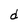
Character: d